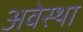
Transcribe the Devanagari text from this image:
अवेस्था